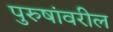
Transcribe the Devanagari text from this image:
पुरुषांवरील